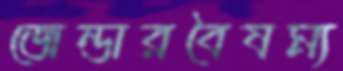
জেন্ডারবৈষম্য